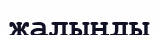
жалыңды